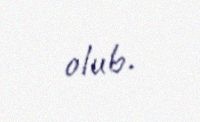
olub.